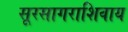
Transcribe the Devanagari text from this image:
सूरसागराशिवाय